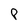
Character: P